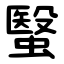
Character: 䗟